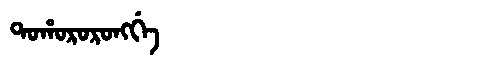
Manchu: ᡨᠣᡥᠣᡵᠣᡵᠣᠩᡤᡝ
Romanization: TOHORORONGGE